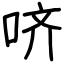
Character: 哜